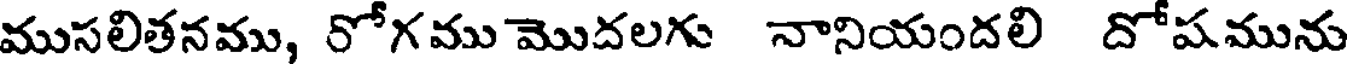
ముసలితనము, రోగముమొదలగు నానియందలి దోషమును